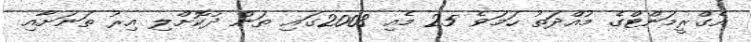
އެގްރީމަންޓްގެ މުއްދަތު ހަމަވެ 25 މެއި 2008ގައި ތަން ދުކޮށްލި އިރު ތަނަށާއި